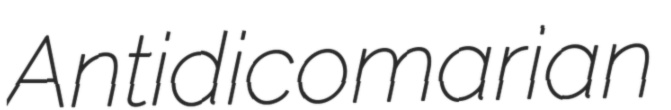
Antidicomarian